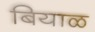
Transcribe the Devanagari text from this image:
बियाळ